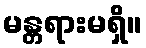
မန္တရားမရှိ။